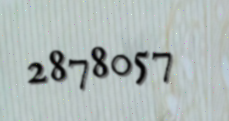
2878057